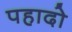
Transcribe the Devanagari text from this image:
पहादो